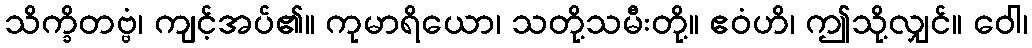
သိက္ခိတဗ္ဗံ၊ ကျင့်အပ်၏။ ကုမာရိယော၊ သတို့သမီးတို့။ ဧဝံဟိ၊ ဤသို့လျှင်။ ဝေါ၊